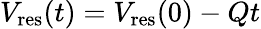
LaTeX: V_{\mathrm{res}}(t)=V_{\mathrm{res}}(0)-Qt